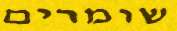
שומרים